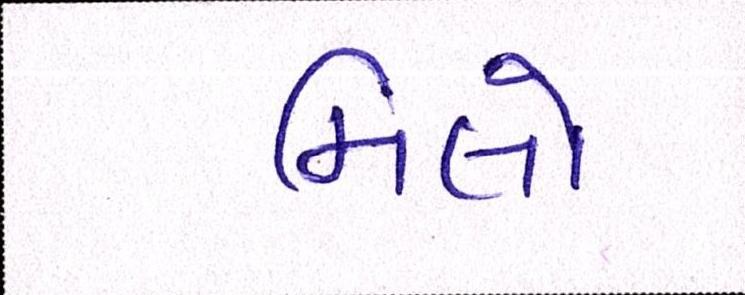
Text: મિલો